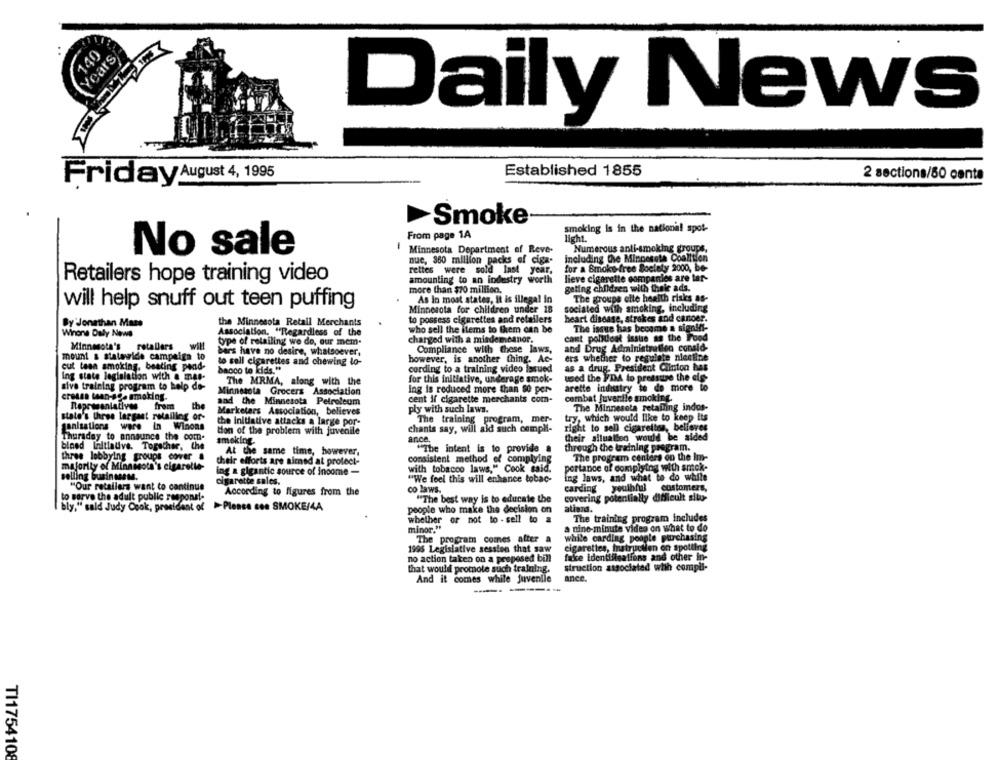
140
Years
Daily News
Established 1855
Friday August 4, 1995
2 sections/50 canta
Smoke
smoking is in the national spot-
From page 1A
licht.
No sale
Minnesota Department of Reve-
Numerous anti-smoking groups,
nue, 360 million packs of ciga-
including Che Minpeseta Coalition
for a Smoke free Soelety 2000, be-
rettes were sold last year,
Retailers hope training video
amounting to an industry worth
lieve cigarette companies are tar-
more than $70 million.
geting children with their ads.
will help snuff out teen puffing
As in most states, It is illegal In
The groups elle health risks as-
Minnesota for children under 18
sociated with smoking, including
to possess cigarettes and retailers
heart disease, strakes and canoer.
By Jonathan Mass
the Minnesota Retail Merchants
The issue has become a signifi-
Winona Daly News
Association. "Regardless of the
who sell the items to them can be
type of retailing we do, our mem-
charged with a misdemeanor.
cant politlost issue as the Food
Minnesota's
retallers
will
Compliance with these laws,
and Drug Administration consid-
mount & statawide campaign to
bars have no desire, whatsoever,
ers whether to regulate nicetine
cut teen smoking, beating pend-
to sell cigarettes and chewing lo-
however, is another thing. Ac-
as a drug. President Clinton has
banco to kids."
cording to a training video lasued
Ing state legislation with a mas-
The MRMA, along with the
for this initiative, underage smok-
used the FDA to pressure the els-
sive training program to help de-
arette industry to do more to
crosss teen-age smoking.
Minnesota Grocers Association
Ing is reduced more than 50 per-
and the Minnesota Petroleum
cent if cigarette merchants com-
combat juvenile smoking.
Representatives
from
the
Marketers Association, believes
ply with such laws.
The Minnesota retailing indos-
state's three largest retailing or-
The training program, mer-
try, which would like to keep its
ganisations were In Winons
the Initiative attacks a large por-
tion of the problem with juvenile
chants say, will ald such compli-
right to sell cigarettes, belfores
Thursday to announce the com-
smoking.
ance.
their alluallen would be aided
bined Initiative. Together, Che
"The intent is to provide a
through the training program.
three lobbying groups cover #
At the same time, however,
The program centers on the Im-
their efforts are aimed at protect-
consistent method of complying
majority of Minnesota's cigarelle-
ing a gigantic source of Income -
with tobacco laws," Cook said.
portance of complying with smok-
selling businessme.
"We feel this will enhance tobac-
ing laws, and what to do while
"Our retailers want to continue
cigarette sales.
carding youthful customers,
According to figures from the
co laws.
to sorve the adult public responsl-
"The best way is to educate the
covering potentially difficult situ-
bly," said Judy Cook, president of >Please see SMOKE/4A
people who make the decision on
allard.
The training program includes
whether or not to - sell to a
minor."
a nine-minute vides on what to do
The program comes after a
while carding people purchasing
cigarettes, instructlen on spotting
1996 Legislative session that saw
no action taken on a proposed bill
fake identifisations and other in-
that would promote such training.
struction associated with compil-
ance.
And it comes while juvenile
------
TI1754108